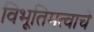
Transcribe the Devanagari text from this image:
विभूतिमत्वाचे